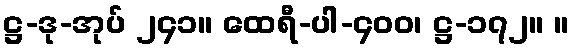
ဋ္ဌ-ဒု-အုပ် ၂၄၁။ ထေရီ-ပါ-၄၀၀၊ ဋ္ဌ-၁၇၂။ ။